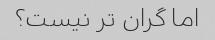
اما گران تر نیست؟